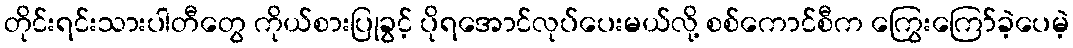
တိုင်းရင်းသားပါတီတွေ ကိုယ်စားပြုခွင့် ပိုရအောင်လုပ်ပေးမယ်လို့ စစ်ကောင်စီက ကြွေးကြော်ခဲ့ပေမဲ့